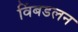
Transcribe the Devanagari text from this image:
विंबडलन